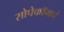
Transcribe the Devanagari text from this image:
सोपेकॉमचे